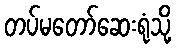
တပ်မတော်ဆေးရုံသို့